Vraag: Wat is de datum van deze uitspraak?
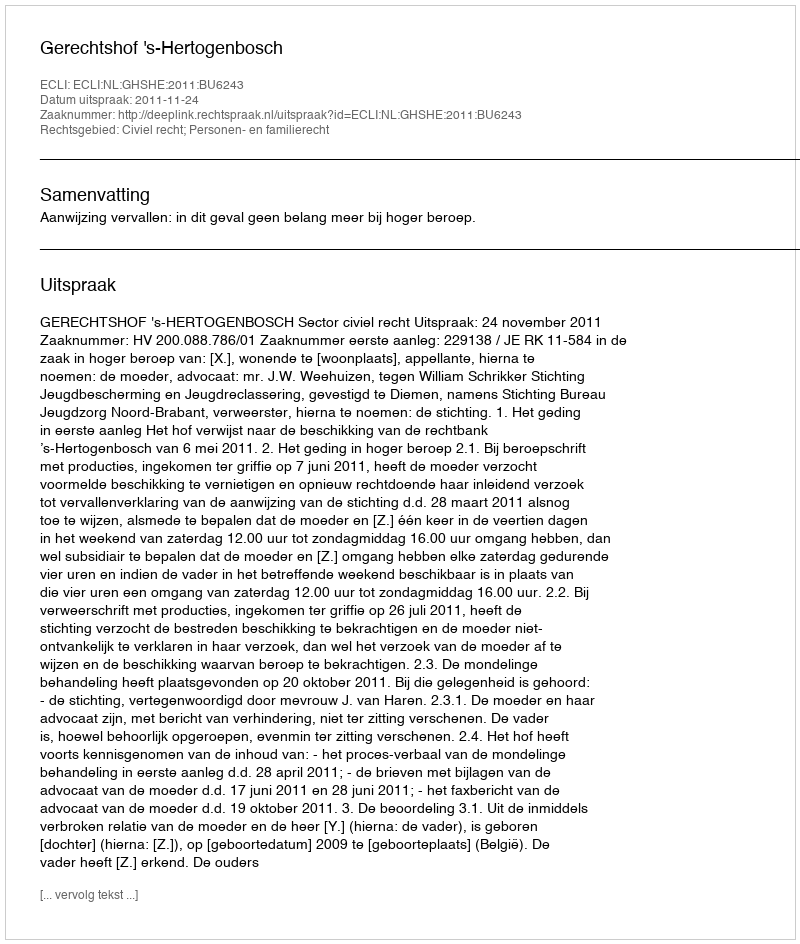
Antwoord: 2011-11-24